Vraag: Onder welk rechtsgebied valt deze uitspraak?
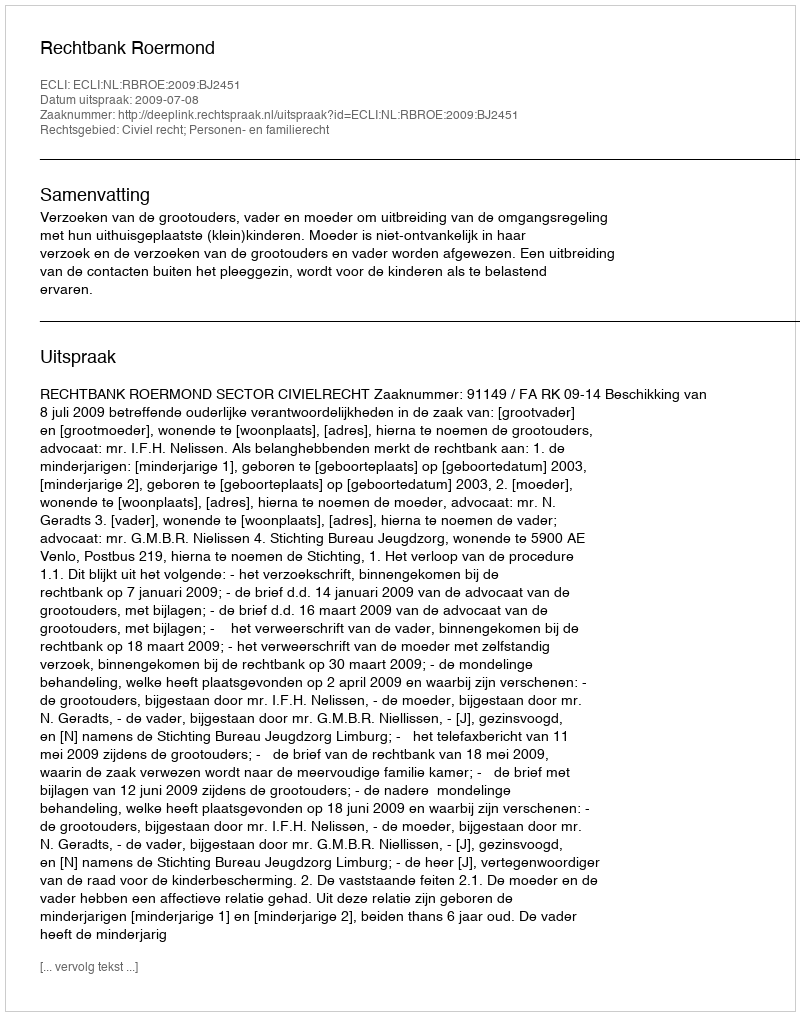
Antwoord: Civiel recht; Personen- en familierecht